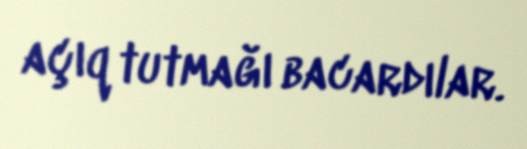
açıq tutmağı bacardılar.